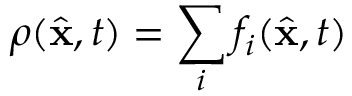
\rho ( \hat { { \bf x } } , t ) = \sum _ { i } f _ { i } ( \hat { { \bf x } } , t )